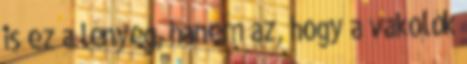
is ez a lényeg, hanem az, hogy a vakolók